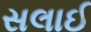
સલાઈ